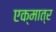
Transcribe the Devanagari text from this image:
एक्मात्र